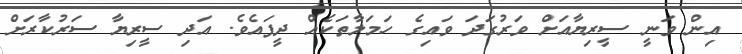
އިން ވަނީ ސީރިޔާއަށް ވަރުގަދަ ވައިގެ ހަމަލާތަކެއް ދީފައެވެ. އަދި ސީރިޔާ ސަރުކާރަށް